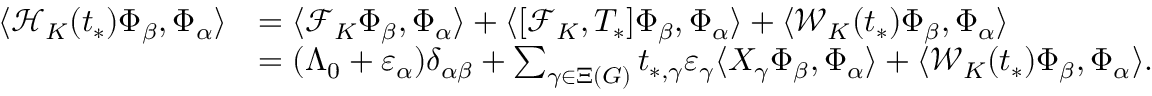
\begin{array} { r l } { \langle \mathcal { H } _ { K } ( t _ { * } ) \Phi _ { \beta } , \Phi _ { \alpha } \rangle } & { = \langle \mathcal { F } _ { K } \Phi _ { \beta } , \Phi _ { \alpha } \rangle + \langle [ \mathcal { F } _ { K } , T _ { * } ] \Phi _ { \beta } , \Phi _ { \alpha } \rangle + \langle \mathcal { W } _ { K } ( t _ { * } ) \Phi _ { \beta } , \Phi _ { \alpha } \rangle } \\ & { = ( \Lambda _ { 0 } + \varepsilon _ { \alpha } ) \delta _ { \alpha \beta } + \sum _ { \gamma \in \Xi ( G ) } t _ { * , \gamma } \varepsilon _ { \gamma } \langle X _ { \gamma } \Phi _ { \beta } , \Phi _ { \alpha } \rangle + \langle \mathcal { W } _ { K } ( t _ { * } ) \Phi _ { \beta } , \Phi _ { \alpha } \rangle . } \end{array}